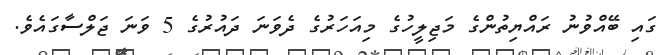
ގައި ބޭއްވުނު ރައްޔިތުންގެ މަޖިލީހުގެ މިއަހަރުގެ ދެވަނަ ދައުރުގެ 5 ވަނަ ޖަލްސާގައެވެ.